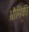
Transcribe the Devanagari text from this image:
भ्रौमिकी